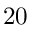
2 0